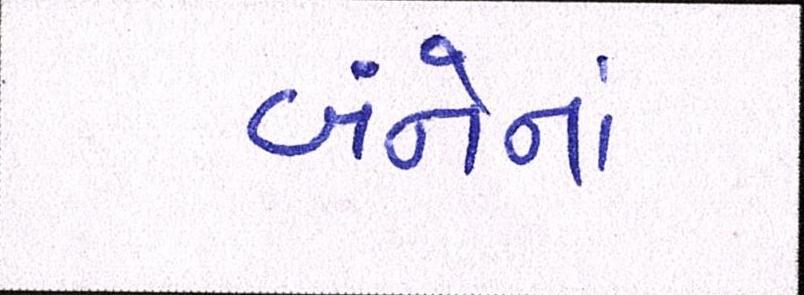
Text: બંનેનાં